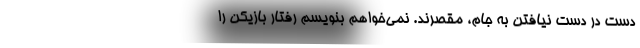
دست در دست نیافتن به جام، مقصرند. نمی‌خواهم بنویسم رفتار بازیکن را